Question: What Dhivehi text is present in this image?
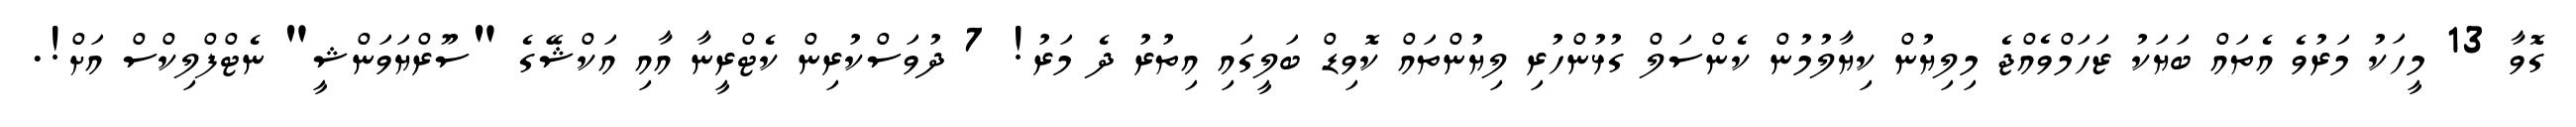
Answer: ގޮވާ 13 މީހަކު މަރުވެ އެތައް ބަޔަކު ޒަހަމްވެއްޖެ މިލިޔުން ކިޔާލުމުން ކެންސަލް ގުޅުންހުރި ލިޔުންތައް ކޮވިޑް ބަލީގައި އިތުރު ދެ މަރު! 7 ދުވަސްކުރިން ކެޓްރީނާ އާއި އަކްޝޭގެ "ސޫރްޔަވަންޝީ" ނެޓްފްލިކްސް އަށް!.